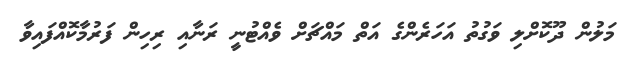
މަލުން ދޫކޮށްލި ވަގުތު އަހަރެންގެ އަތް މައްޗަށް ވެއްޓުނީ ރަނާއި ރިހިން ފަރުމާކޮއްފައިވާ